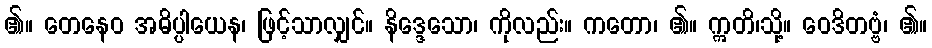
၏။ တေနေဝ အဓိပ္ပါယေန၊ ဖြင့်သာလျှင်။ နိဒ္ဒေသော၊ ကိုလည်း။ ကတော၊ ၏။ ဣတိ၊သို့။ ဝေဒိတဗ္ဗံ၊ ၏။